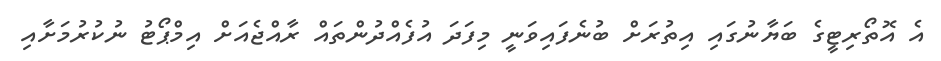
އެ އޮތޯރިޓީގެ ބަޔާނުގައި އިތުރަށް ބުނެފައިވަނީ މިފަދަ އުފެއްދުންތައް ރާއްޖެއަށް އިމްޕޯޓު ނުކުރުމަށާއި